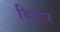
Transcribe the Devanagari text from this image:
विवार